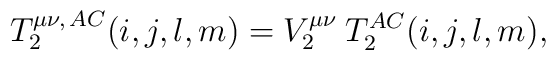
T_2^{\mu \nu,\,AC}(i,j,l,m)=V_2^{\mu\nu}\:T_2^{AC}(i,j,l,m),